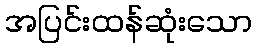
အပြင်းထန်ဆုံးသော